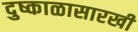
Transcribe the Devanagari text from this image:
दुष्काळासारखी